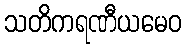
သတိကရဏီယမေဝ